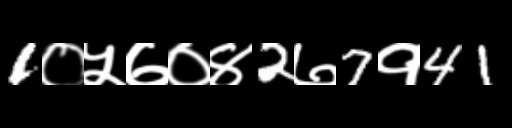
Text: 1०५७०४2७7१41